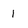
Character: 1